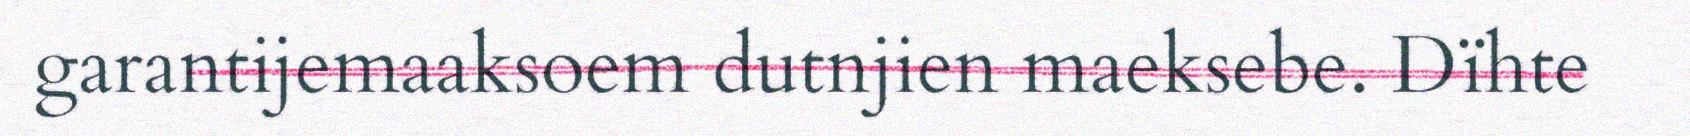
garantijemaaksoem dutnjien maeksebe. Dïhte